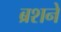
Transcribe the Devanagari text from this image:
ब्रशने